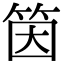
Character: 筃